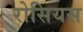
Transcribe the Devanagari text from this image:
रोसियस